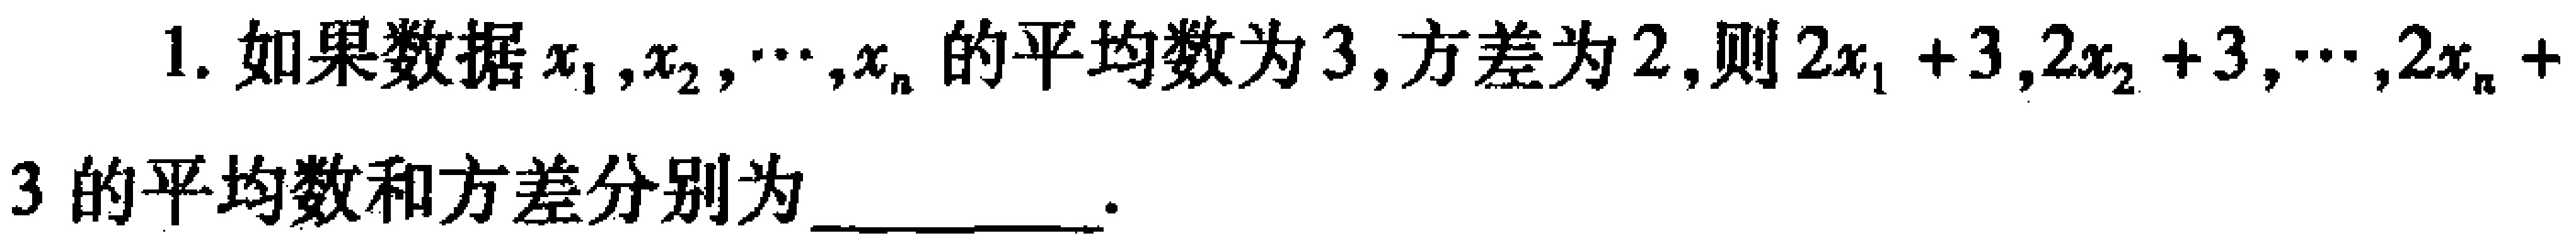
1. 如果数据$x_{1},x_{2},\cdots,x_{n}$的平均数为$3$,方差为$2$,则$2x_{1}+3,2x_{2}+3,\cdots,2x_{n}+3$的平均数和方差分别为__________.